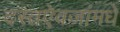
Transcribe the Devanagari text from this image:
दस्तऐवजांमधे